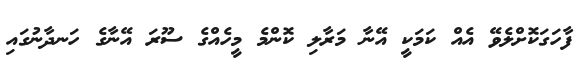
ފާހަގަކޮށްލެވޭ އެއް ކަމަކީ އޭނާ މަރާލި ކޮންމެ މީހެއްގެ ސޫރަ އޭނާގެ ހަނދާނުގައި